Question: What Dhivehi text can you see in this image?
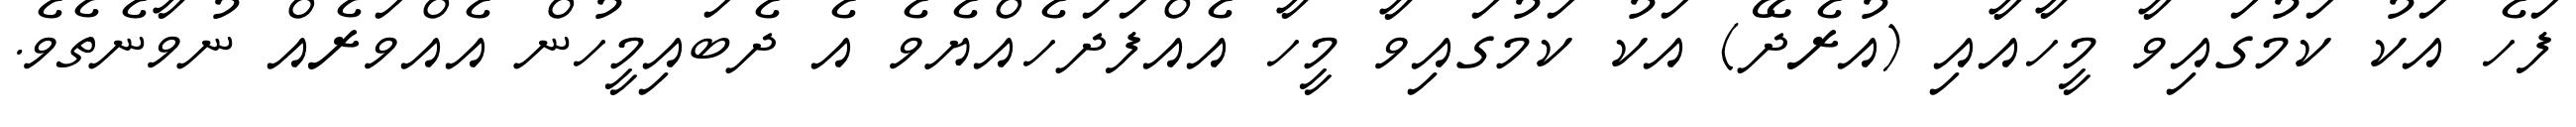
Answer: ފަހެ އަކު ކަމުގައިވާ މީހާއާއި (އުރެދޭ) އަކު ކަމުގައިވާ މީހާ އެއްފަދަހެއްޔެވެ އެ ދެބައިމީހުން އެއްވަރެއް ނުވާނެތެވެ.